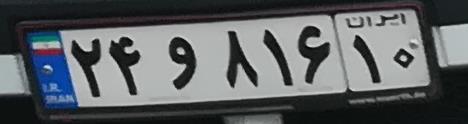
۲۴و۸۱۶۱۰